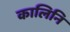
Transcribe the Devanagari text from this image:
कालिनि